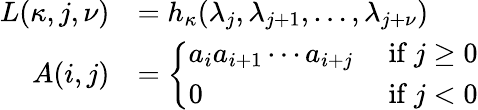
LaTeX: \begin{array}{rl}{L(\kappa,j,\nu)}&{=h_{\kappa}(\lambda_{j},\lambda_{j+1},\ldots,\lambda_{j+\nu})}\\ {A(i,j)}&{=\left\{ \begin{array}{ll}{a_{i}a_{i+1}\cdots a_{i+j}}&{\mathrm{~if~}j\geq 0}\\ {0}&{\mathrm{~if~}j<0}\end{array}\right.}\end{array}